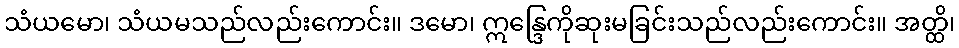
သံယမော၊ သံယမသည်လည်းကောင်း။ ဒမော၊ ဣန္ဒြေကိုဆုးမခြင်းသည်လည်းကောင်း။ အတ္ထိ၊